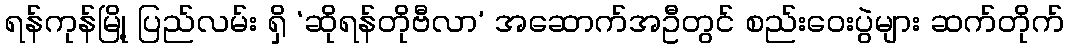
ရန်ကုန်မြို့ ပြည်လမ်း ရှိ ‘ဆိုရန်တိုဗီလာ’ အဆောက်အဦတွင် စည်းဝေးပွဲများ ဆက်တိုက်